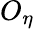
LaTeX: O_{\eta}